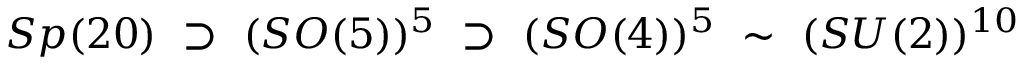
S p ( 2 0 ) ~ \supset ~ ( S O ( 5 ) ) ^ { 5 } ~ \supset ~ ( S O ( 4 ) ) ^ { 5 } ~ \sim ~ ( S U ( 2 ) ) ^ { 1 0 }